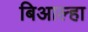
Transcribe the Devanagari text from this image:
बिआल्हा